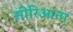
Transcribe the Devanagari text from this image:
सीरिआना